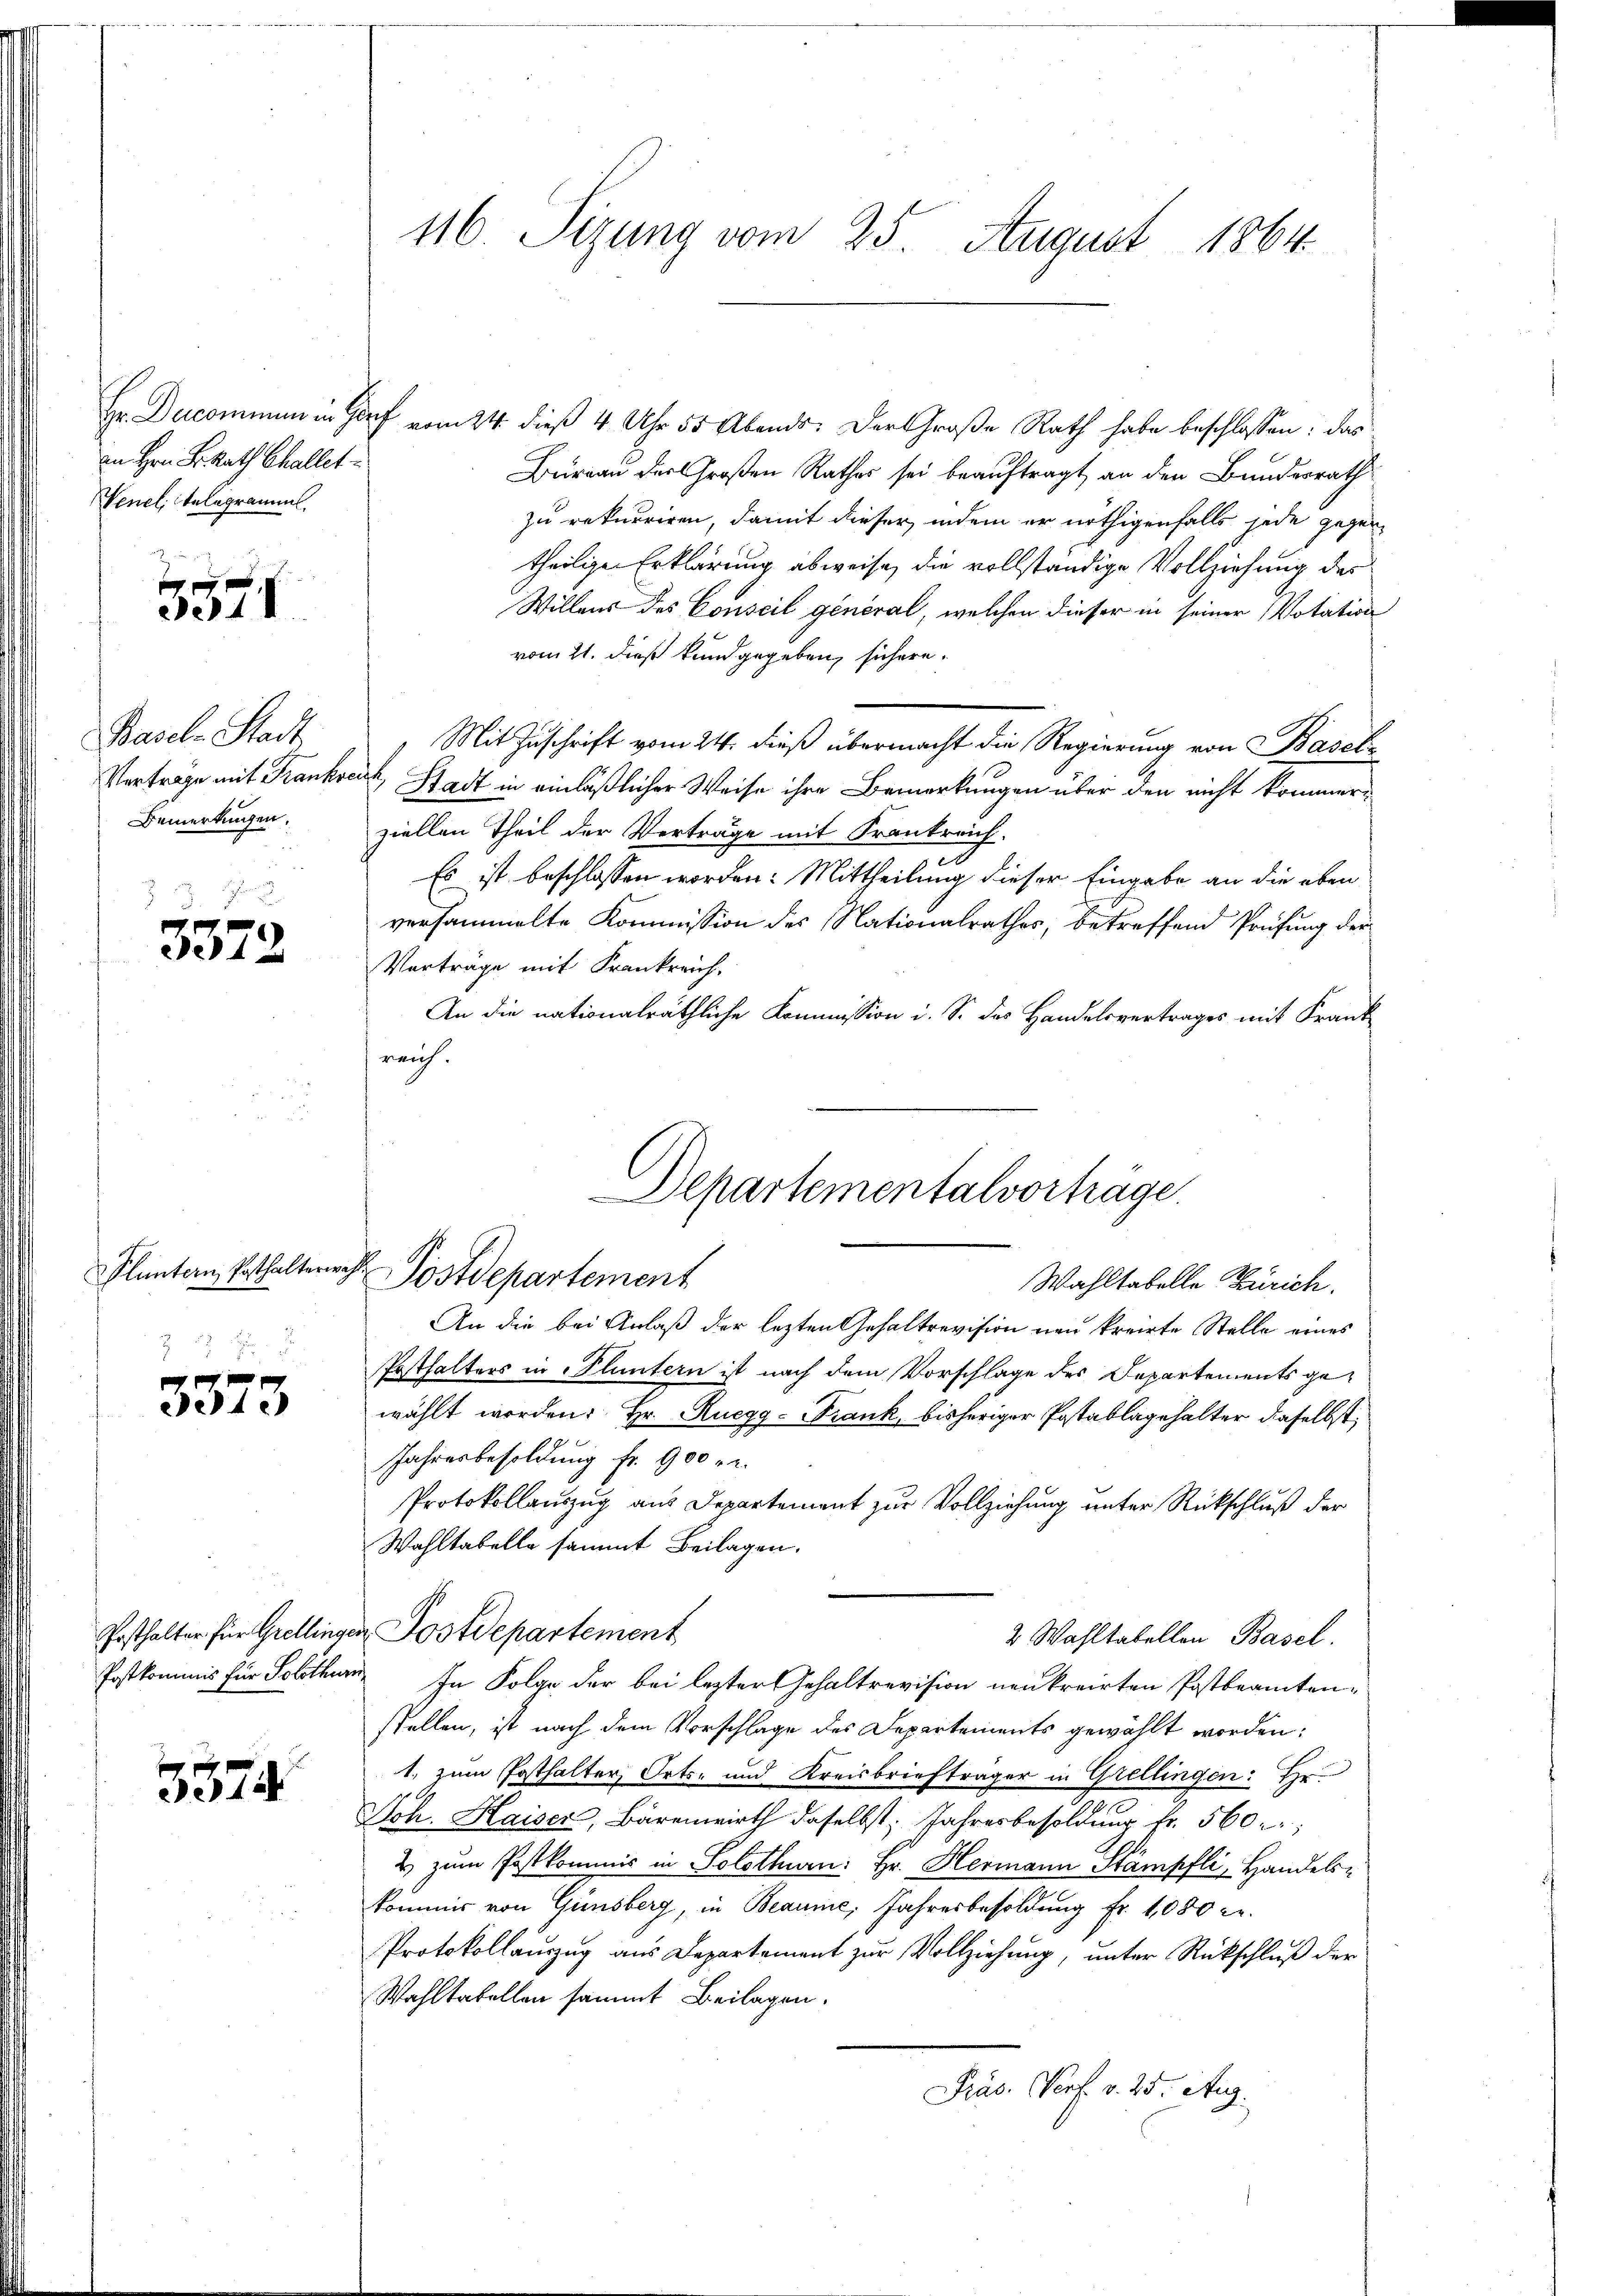
an Hrn. F. Rath Challet
Wenel, Atelegramms.

3371

Basel-Stadt
Bemerkungen.

3372

Pluntern Posthalterwa

3373

5374.

Hr. Dercommen in Dorf vom 24. dieß 4 Uhr 55 Abends. Der Große Rath habe beschlossen: das
Büreau der Großen Rathes sei beauftragt an den Bundesrath
zu rekurriren, damit dieser, indem er nöthigenfalls jede gegen
theiligen Erklärung abweise, die vollständige Vollziehung des
Willens des Conseil general, welchen dieser in seiner Votation
vom 21. dieß kundgegeben, sichere
Mit Zuschrift vom 24. dieß übermacht die Regierung von Baselz
Verträge mit Frankreuz, Stadt in einläßlicher Weise ihre Bemerkungen über den nicht kommerziellen Theil der Verträge mit Frankreich.
Es ist beschlossen worden: Mittheilung dieser Eingabe an die eben
versammelte Kommission des Nationalrathes, betreffend Prüfung der
Vorträge mit Frankreich
An die nationalräthliche Kommission i. S. das Handelsvertrages mit Frank
reich.
.
An die bei Anlaß der lezten Gehaltrevision neu kreirte Stelle eines
Posthalters in Fluntern ist nach dem Vorschlage des Departements gewählt worden. Hr. Ruegg - Frank, bisheriger Postablagehalter dieselbst,
Jahresbesoldung fr. 900 r.
Protokollauszug aus Departement zur Vollziehung unter Rückschluß der
Wahltabelle sammt Beilagen.
Posthalter für Grellingen Postdepartement
2 Wahltabellen Basel.
Postkommis für Solothurn, In Folge der bei lezter Gehaltrevision neukreisten Postbeamtenstellen, ist nach dem Vorschlage des Departements gewählt worden:
1. zum Posthalter Orts- und Kreisbriefträger in Grellingen: Hr
Joh. Haiser, Bärenwirth daselbst: Jahresbesoldung fr. 560.
2 zum Postkommis in Solothurn. Hr. Hermann Stämpfli, Handels-
kommer von Günsberg, in Beaume, Jahresbesoldung Fr. 1080 c.
Protokollauzug aus Departement zur Vollziehung, unter Rückschluß der
Wahltatellen sammt Beilagen.
Präs. Perf. v. 25. Aug.

116. Sizung vom 25. August 1864.

Departementalvorträge.
Postdepartement
Wahltabelle Zürich.